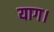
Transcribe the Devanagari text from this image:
याग।